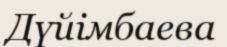
Дүйімбаева